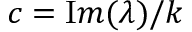
c = { \mathrm { I } m } ( \lambda ) / k